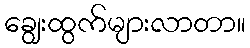
ချွေးထွက်များလာတာ။